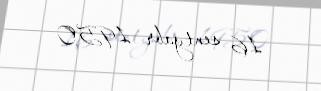
16 sentyabr 1950